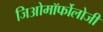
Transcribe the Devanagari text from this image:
जिओमॉर्फोलोजी